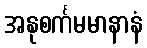
အနုစင်္ကမမာနာနံ